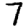
Digit: 7